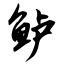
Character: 鲈